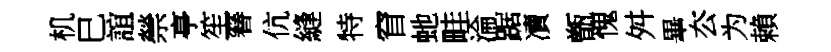
机巳誼禜亭笙簮伉縫特窅虵畦淪踞凟甑愧舛畢厺为賴